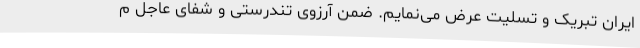
ایران تبریک و تسلیت عرض می‌نمایم. ضمن آرزوی تندرستی و شفای عاجل م